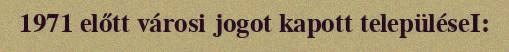
1971 előtt városi jogot kapott településeI: